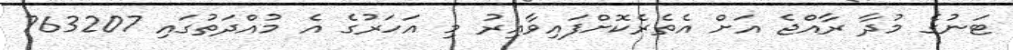
ޓަނުގެ މުދާ ރާއްޖެ އަށް އެތެރެކޮށްފައިވާއިރު މި އަހަރުގެ އެ މުއްދަތުގައި 763207